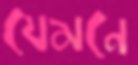
যেমনে